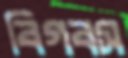
বিগবস